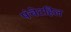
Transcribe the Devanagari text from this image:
पंचेटहिल